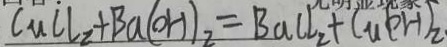
C u C l _ { 2 } + B a ( O H ) _ { 2 } = B a C l _ { 2 } + C u ( o H ) _ { 2 }